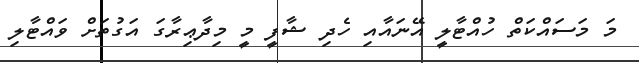
މަ މަސައްކަތް ހުއްޓާލީ އޭނައާއި ހެދި ޝާފީ މީ މިދާޢިރާގަ އަގުތަށް ވައްޓާލި